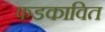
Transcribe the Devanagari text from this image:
फडकावित